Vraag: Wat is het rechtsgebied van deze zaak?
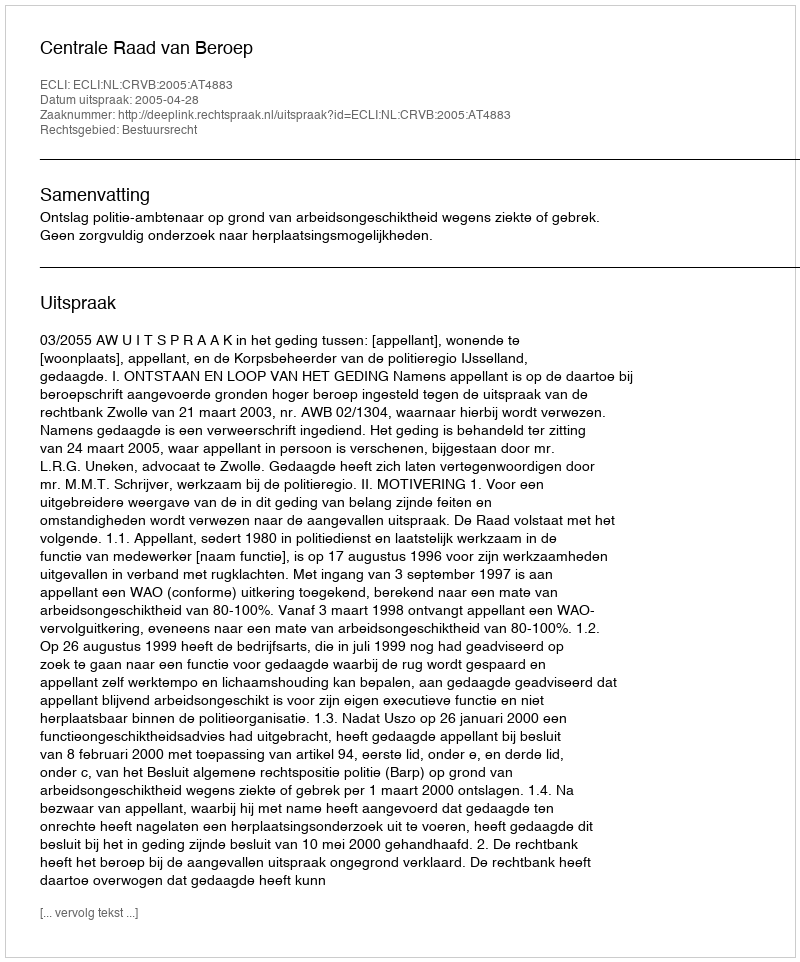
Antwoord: Bestuursrecht